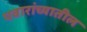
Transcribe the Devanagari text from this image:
पवारांच्यातील